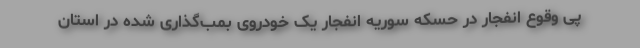
پی وقوع انفجار در حسکه سوریه انفجار یک خودروی بمب‌گذاری شده در استان